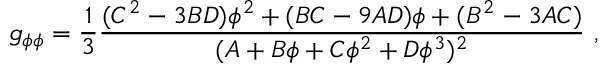
g _ { \phi \phi } = { \frac { 1 } { 3 } } { \frac { ( C ^ { 2 } - 3 B D ) \phi ^ { 2 } + ( B C - 9 A D ) \phi + ( B ^ { 2 } - 3 A C ) } { ( A + B \phi + C \phi ^ { 2 } + D \phi ^ { 3 } ) ^ { 2 } } } \ ,